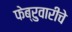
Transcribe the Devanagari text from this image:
फेब्रुवारीचे